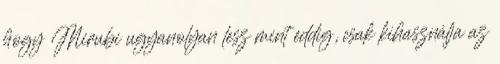
hogy Mirubi ugyanolyan lesz mint eddig, csak kihasználja az